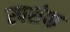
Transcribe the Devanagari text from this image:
स्पशंक